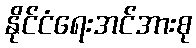
နိုင်ငံရေးအင်အားစု